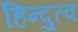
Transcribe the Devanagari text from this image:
हिन्‍दुत्‍व